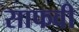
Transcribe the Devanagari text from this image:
साफवी